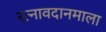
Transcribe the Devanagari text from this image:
रत्नावदानमाला